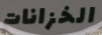
الخزانات